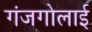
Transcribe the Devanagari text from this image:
गंजगोलाई